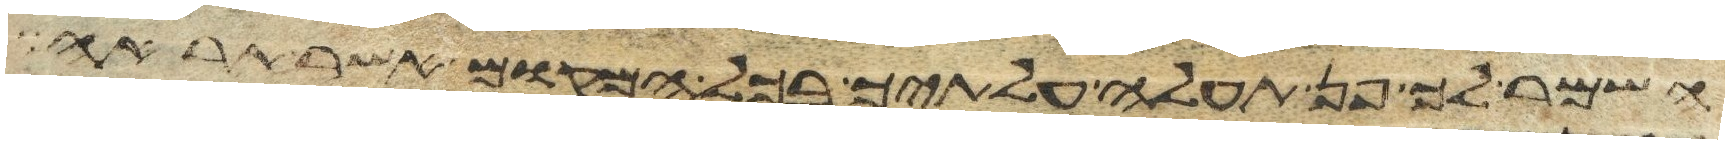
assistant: השמר לך פן תעלה עלתיך בכל המקום אשר תראה